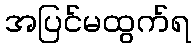
အပြင်မထွက်ရ